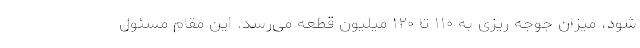
شود، میزان جوجه ریزی به ۱۱۰ تا ۱۲۰ میلیون قطعه می‌رسد. این مقام مسئول